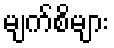
မျက်စိများ